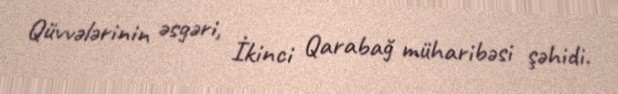
Qüvvələrinin əsgəri, İkinci Qarabağ müharibəsi şəhidi.